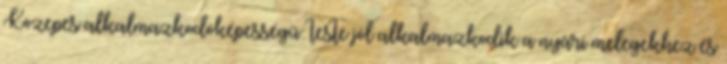
Közepes alkalmazkodóképességű: teste jól alkalmazkodik a nyári melegekhez és